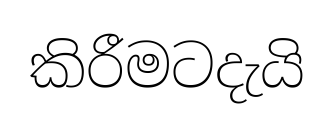
කිරීමටදැයි